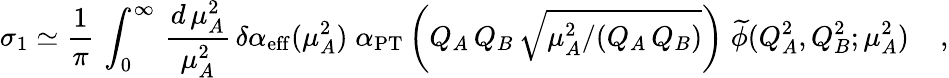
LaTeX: \sigma_{1}\simeq{\frac{1}{\pi}}\, \int_{0}^{\infty}\, {\frac{d\, \mu_{A}^{2}}{\mu_{A}^{2}}}\, \delta\alpha_{\mathrm{{eff}}}(\mu_{A}^{2})\; \alpha_{\mathrm{{PT}}}\left(Q_{A}\, Q_{B}\, \sqrt{\mu_{A}^{2}/(Q_{A}\, Q_{B})}\right)\; {\widetilde\phi}(Q_{A}^{2},Q_{B}^{2};\mu_{A}^{2})\; \; \; \; ,